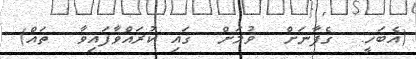
(އެބަހީ:  ގެފާނަށް  ވުމަށް  ގައި ކުރައްވާފައިވާ  ތައް)